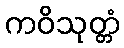
ကဝိသုတ္တံ